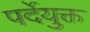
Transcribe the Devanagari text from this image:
पर्देयुक्त